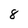
Character: 8